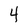
Character: 4